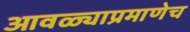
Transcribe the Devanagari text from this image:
आवळ्याप्रमाणेच